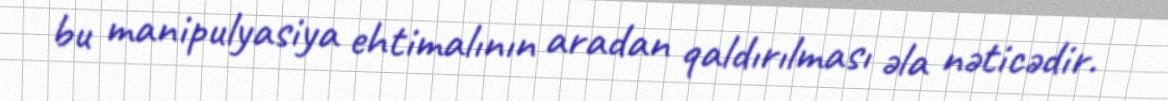
bu manipulyasiya ehtimalının aradan qaldırılması əla nəticədir.